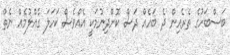
ބަސްބަހުގެ ތެރެއިން ދެ ބަހެއް ދަސް ކޮށްދިނުމަކީ އެއްވެސް ކަހަލަ ގެއްލުމެއް ނެތް